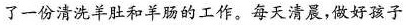
了一份清洗羊肚和羊肠的工作。每天清晨，做好孩子